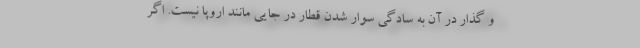
و گذار در آن به سادگی سوار شدن قطار در جایی مانند اروپا نیست. اگر